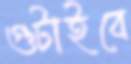
গুটাইবে